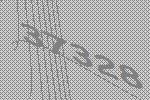
37328